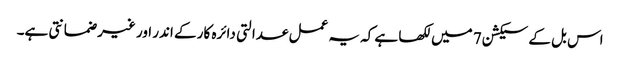
اس بل کے سیکشن 7 میں لکھا ہے کہ یہ عمل عدالتی دائرہ کار کے اندر اور غیر ضمانتی ہے۔